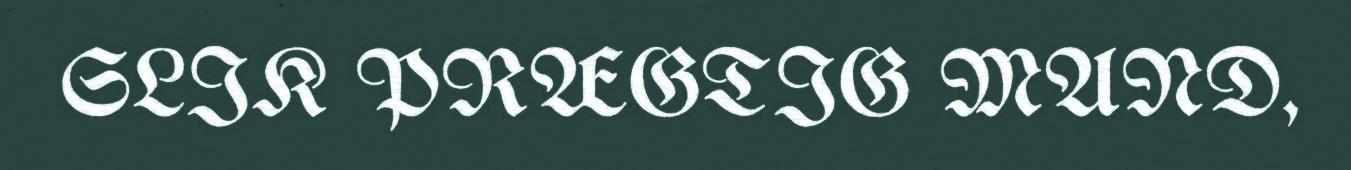
SLIK PRÆGTIG MAND,